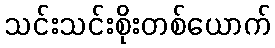
သင်းသင်းစိုးတစ်ယောက်